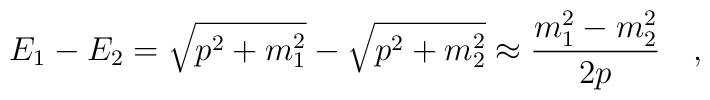
E_1 -E_2 =\sqrt{p^2 +m_1^2}-\sqrt{p^2 +m_2^2} \approx \frac{m_1^2 -m_2^2}{2p}\quad,